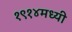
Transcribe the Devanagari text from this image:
१९१४मध्यी